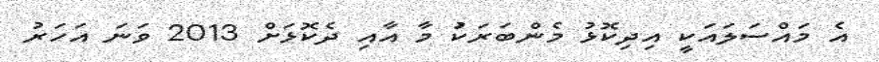
އެ މައްސަލައަކީ އިދިކޮޅު މެންބަރަކަު މާ އާއި ދެކޮޅަށް 2013 ވަނަ އަހަރު